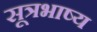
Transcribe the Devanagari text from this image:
सूत्रभाष्य